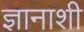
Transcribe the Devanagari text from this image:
ज्ञानाशी